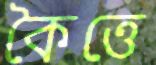
কৈত্তে